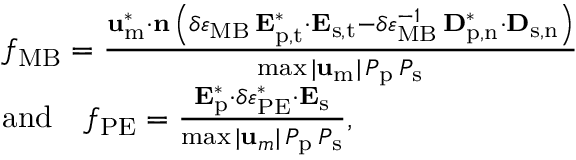
\begin{array} { r l } & { f _ { \mathrm { M B } } = \frac { \mathbf { u } _ { \mathrm { m } } ^ { * } \cdot \mathbf { n } \, \left( \delta \varepsilon _ { \mathrm { M B } } \, \mathbf { E } _ { \mathrm { p , t } } ^ { * } \cdot \mathbf { E } _ { \mathrm { s , t } } - \delta \varepsilon _ { \mathrm { M B } } ^ { - 1 } \, \mathbf { D } _ { \mathrm { p , n } } ^ { * } \cdot \mathbf { D } _ { \mathrm { s , n } } \right) } { \operatorname* { m a x } | \mathbf { u } _ { \mathrm { m } } | \, P _ { \mathrm { p } } \, P _ { \mathrm { s } } } } \\ & { \mathrm { a n d } \quad f _ { \mathrm { P E } } = \frac { \mathbf { E } _ { \mathrm { p } } ^ { * } \cdot \delta \varepsilon _ { \mathrm { P E } } ^ { * } \cdot \mathbf { E } _ { \mathrm { s } } } { \operatorname* { m a x } | \mathbf { u } _ { m } | \, P _ { \mathrm { p } } \, P _ { \mathrm { s } } } , } \end{array}